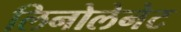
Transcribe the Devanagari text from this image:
लिनोलेनेट